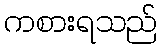
ကစားရသည်